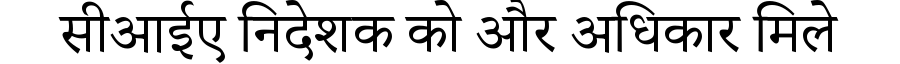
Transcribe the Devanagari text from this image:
सीआईए निदेशक को और अधिकार मिले